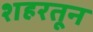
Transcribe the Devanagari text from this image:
शहरतून